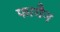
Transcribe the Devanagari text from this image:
फागैन